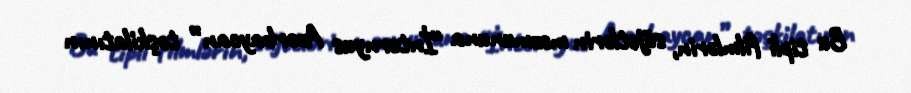
Bu tipli filmlərin, süjetlərin məzmununa “İnternyus Azərbaycan” təşkilatının